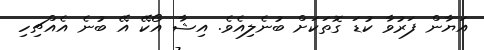
އަޔާން ފަރުވާ ކުޑަ ގޮތަކަށް ބުނެލިއެވެ. އިޝާ އޯކޭ އޭ ބުނެެ އެއްޗިހި